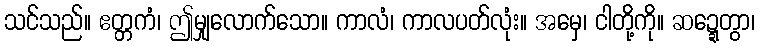
သင်သည်။ ဧတ္တကံ၊ ဤမျှလောက်သော။ ကာလံ၊ ကာလပတ်လုံး။ အမှေ၊ ငါတို့ကို။ ဆဍ္ဍေတွာ၊